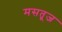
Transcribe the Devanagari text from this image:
मसतूज